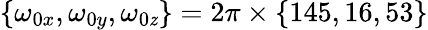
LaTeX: \{ \omega_{0x},\omega_{0y},\omega_{0\mathit{z}}\} =2\pi\times\{ 145,16,53\}